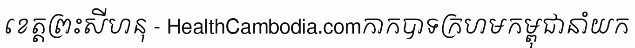
ខេត្តព្រះសីហនុ - HealthCambodia.comកាកបាទក្រហមកម្ពុជានាំយក